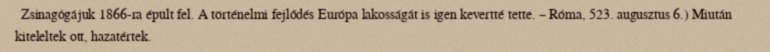
Zsinagógájuk 1866-ra épült fel. A történelmi fejlődés Európa lakosságát is igen kevertté tette. – Róma, 523. augusztus 6.) Miután kiteleltek ott, hazatértek.